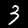
Digit: 3